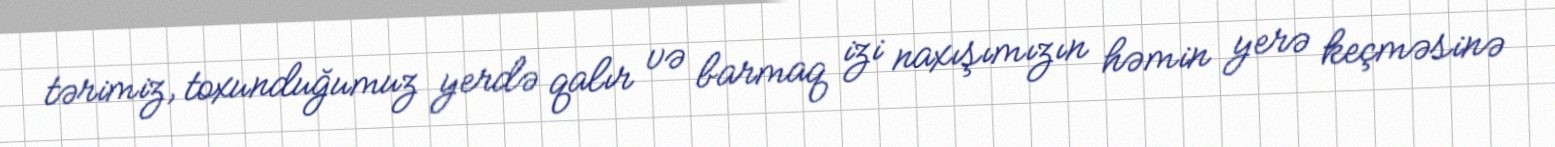
tərimiz, toxunduğumuz yerdə qalır və barmaq izi naxışımızın həmin yerə keçməsinə